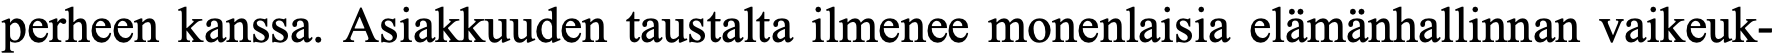
perheen kanssa. Asiakkuuden taustalta ilmenee monenlaisia elämänhallinnan vaikeuk-